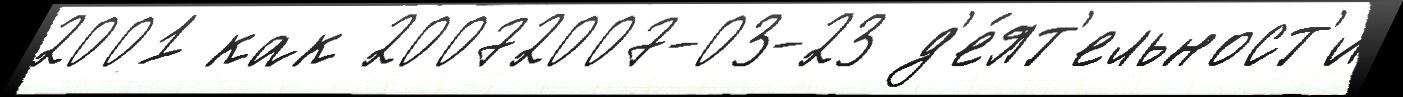
2001 как 20072007-03-23 д'е́ят'ельност'и